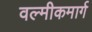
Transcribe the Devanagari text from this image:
वल्मीकमार्ग